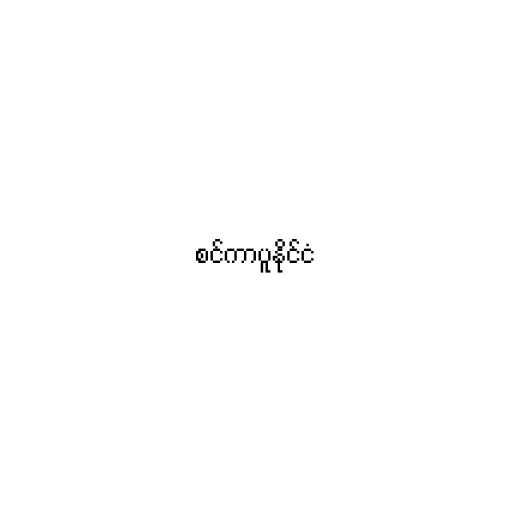
စင်ကာပူနိုင်ငံ